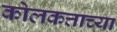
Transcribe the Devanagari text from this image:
कोलकत्ताच्या